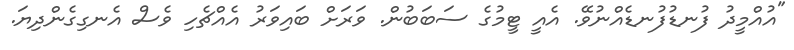
"އުއްމީދު ފުނޑުފުނޑެއްނުވޭ. އެއީ ޓީމުގެ ސަބަބުން. ވަރަށް ބައިވަރު އެއްޗެހި ވެސް އެނގިގެންދިޔަ.